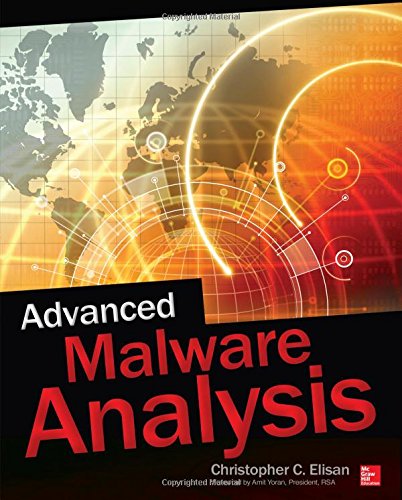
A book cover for Advanced Malware Analysis; Christopher Elisan; Computers & Technology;